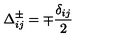
\Delta _ { i j } ^ { \pm } = \mp \frac { \delta _ { i j } } { 2 }